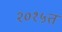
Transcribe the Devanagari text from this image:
२०१५त